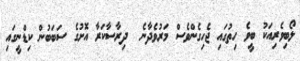
ލޯބިވެރިއަކު ބީވެ ހިތުގައި ޖެހިގެންވެސް މަރުވެދާނެ  ދިރާސާކަރާ އޮށުގެ ސަބަބުން ކިޑްނީގައި